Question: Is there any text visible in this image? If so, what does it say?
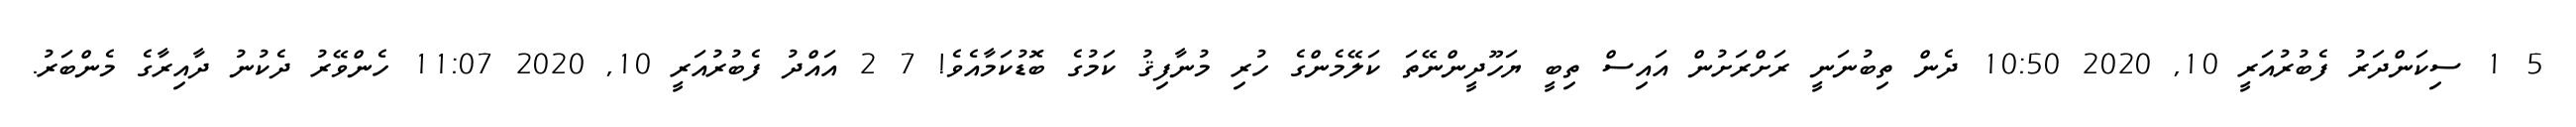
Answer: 5 1 ސިކަންދަރު ފެބުރުއަރީ 10, 2020 10:50 ދެން ތިބުނަނީ ރަށްރަށުން އައިސް ތިބީ ޔަހޫދީންނޭތަ ކަލޭމެންގެ ހުރި މުނާފިޤު ކަމުގެ ބޮޑުކަމާއެވެ! 7 2 އައްދު ފެބުރުއަރީ 10, 2020 11:07 ހެންވޭރު ދެކުނު ދާއިރާގެ މެންބަރު.